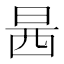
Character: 𰕿